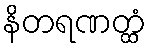
နိတရဏတ္ထံ